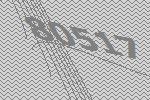
80517